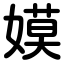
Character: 嫫